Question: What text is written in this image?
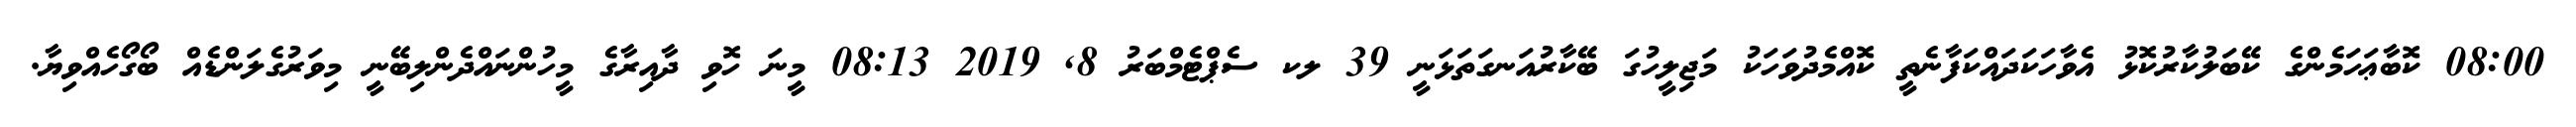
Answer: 08:00 ކޮބާޢަހަމެންގެ ކޭބަލުކާރުކޮޅު އެވާހަކަދައްކަފާނެތީ ކޮއްމެދުވަހަކު މަޖިލީހުގަ ބޭކާރުއަނގަތަޅަނީ 39 ލކ ސެޕްޓެމްބަރު 8, 2019 08:13 މީނަ ހޮވި ދާއިރާގެ މީހުންނައްދެންލިބޭނީ މިވަރުގެލަންޑެއް ބޯގޯހެއްވިޔާ.